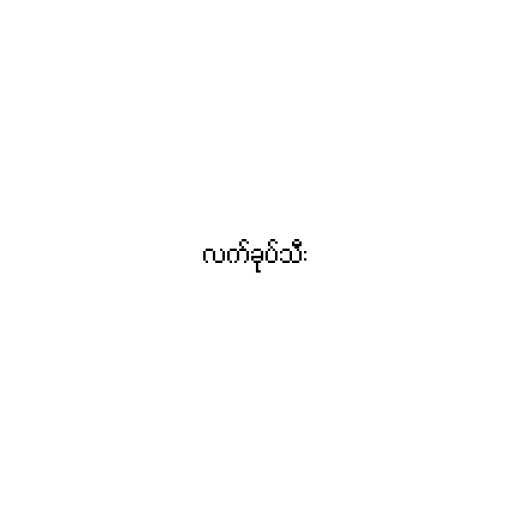
လက်ခုပ်သီး